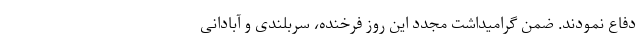
دفاع نمودند. ضمن گرامیداشت مجدد این روز فرخنده، سربلندی و آبادانی